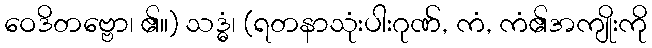
ဝေဒိတဗ္ဗော၊ ၏။) သဒ္ဓံ၊ (ရတနာသုံးပါးဂုဏ်, ကံ, ကံ၏အကျိုးကို